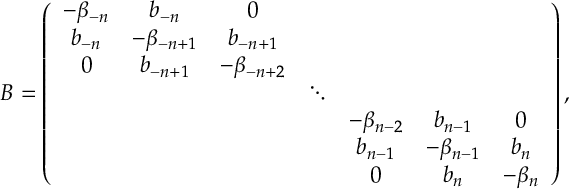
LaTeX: B = \left( \begin{array} { c c c c c c c } { { - \beta _ { - n } } } & { { b _ { - n } } } & { { 0 } } & { { } } & { { } } & { { } } & { { } } \\ { { b _ { - n } } } & { { - \beta _ { - n + 1 } } } & { { b _ { - n + 1 } } } & { { } } & { { } } & { { } } & { { } } \\ { { 0 } } & { { b _ { - n + 1 } } } & { { - \beta _ { - n + 2 } } } & { { } } & { { } } & { { } } & { { } } \\ { { } } & { { } } & { { } } & { { \ddots } } & { { } } & { { } } & { { } } \\ { { } } & { { } } & { { } } & { { } } & { { - \beta _ { n - 2 } } } & { { b _ { n - 1 } } } & { { 0 } } \\ { { } } & { { } } & { { } } & { { } } & { { b _ { n - 1 } } } & { { - \beta _ { n - 1 } } } & { { b _ { n } } } \\ { { } } & { { } } & { { } } & { { } } & { { 0 } } & { { b _ { n } } } & { { - \beta _ { n } } } \end{array} \right) ,